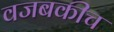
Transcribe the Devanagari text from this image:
वजबकीच